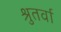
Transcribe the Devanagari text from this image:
श्रुतर्वा